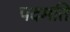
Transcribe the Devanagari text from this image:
पदमति